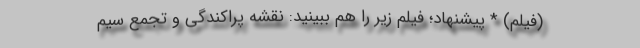
(فیلم) * پیشنهاد؛ فیلم‌ زیر را هم ببینید: نقشه پراکندگی و تجمع سیم